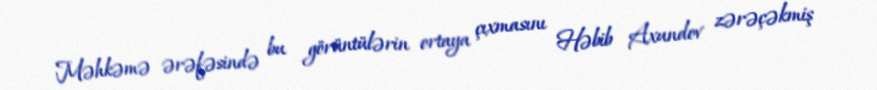
Məhkəmə ərəfəsində bu görüntülərin ortaya çıxmasını Həbib Axundov zərəçəkmiş